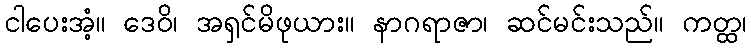
ငါပေးအံ့။ ဒေဝိ၊ အရှင်မိဖုယား။ နာဂရာဇာ၊ ဆင်မင်းသည်။ ကတ္ထ၊